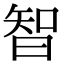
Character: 智